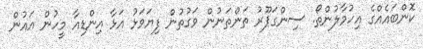
ކޮންބައެއްގެ އިހުމާލުންތޯ. ސިންގަޕޫރު ތަންތަނުން ވަގުތުން ފިޔަވަޅު އަޅާ އިންޑިއާ މީހުން އައުން